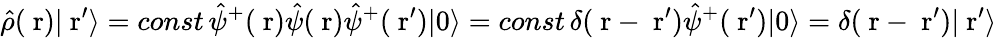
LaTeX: \hat{\rho}(\mathrm{\mathbf~r})|\mathrm{\mathbf~r}^{\prime}\rangle=const\, \hat{\psi}^{+}(\mathrm{\mathbf~r})\hat{\psi}(\mathrm{\mathbf~r})\hat{\psi}^{+}(\mathrm{\mathbf~r}^{\prime})|0\rangle=const\, \delta(\mathrm{\mathbf~r}-\mathrm{\mathbf~r}^{\prime})\hat{\psi}^{+}(\mathrm{\mathbf~r}^{\prime})|0\rangle=\delta(\mathrm{\mathbf~r}-\mathrm{\mathbf~r}^{\prime})|\mathrm{\mathbf~r}^{\prime}\rangle